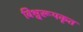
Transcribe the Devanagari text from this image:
विश्वरूपकृत